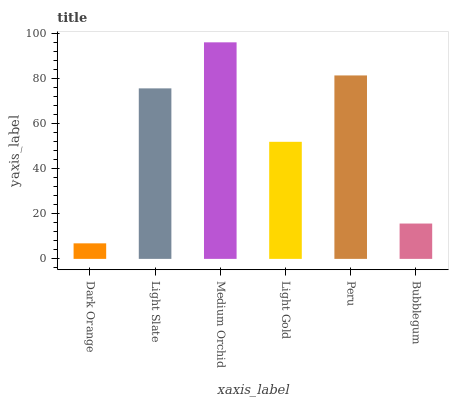
| xaxis_label | bars |
 | --- | --- |
 | Dark Orange | 6.89 |
 | Light Slate | 75.6 |
 | Medium Orchid | 96 |
 | Light Gold | 51.9 |
 | Peru | 81.3 |
 | Bubblegum | 15.7 |